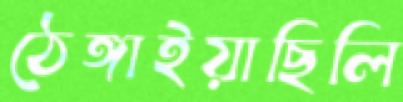
ঠেঙ্গাইয়াছিলি